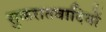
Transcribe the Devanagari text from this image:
सुकरातवादियों